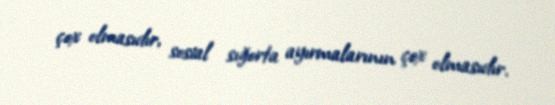
çox olmasıdır, sosial sığorta ayırmalarının çox olmasıdır.